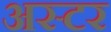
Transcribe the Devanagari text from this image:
अस्टर